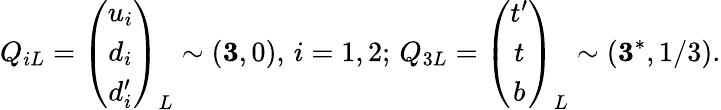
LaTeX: Q_{iL}=\left(\begin{array}{c}{{u_{i}}}\\ {{d_{i}}}\\ {{d_{i}^{\prime}}}\end{array}\right)_{L}\sim({\mathbf 3},0),\, i=1,2;\, Q_{3L}=\left(\begin{array}{c}{{t^{\prime}}}\\ {{t}}\\ {{b}}\end{array}\right)_{L}\sim({\mathbf 3}^{*},1/3).